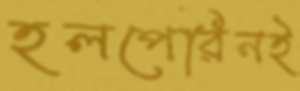
হলপেরিনই